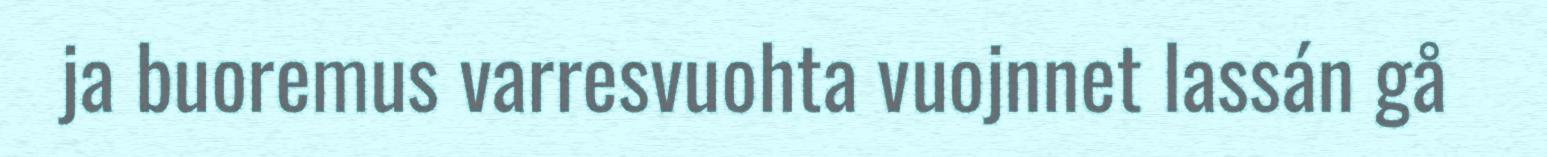
ja buoremus varresvuohta vuojnnet lassán gå